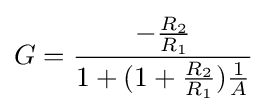
G={\frac {-{\frac {R_{2}}{R_{1}}}}{1+(1+{\frac {R_{2}}{R_{1}}}){\frac {1}{A}}}}